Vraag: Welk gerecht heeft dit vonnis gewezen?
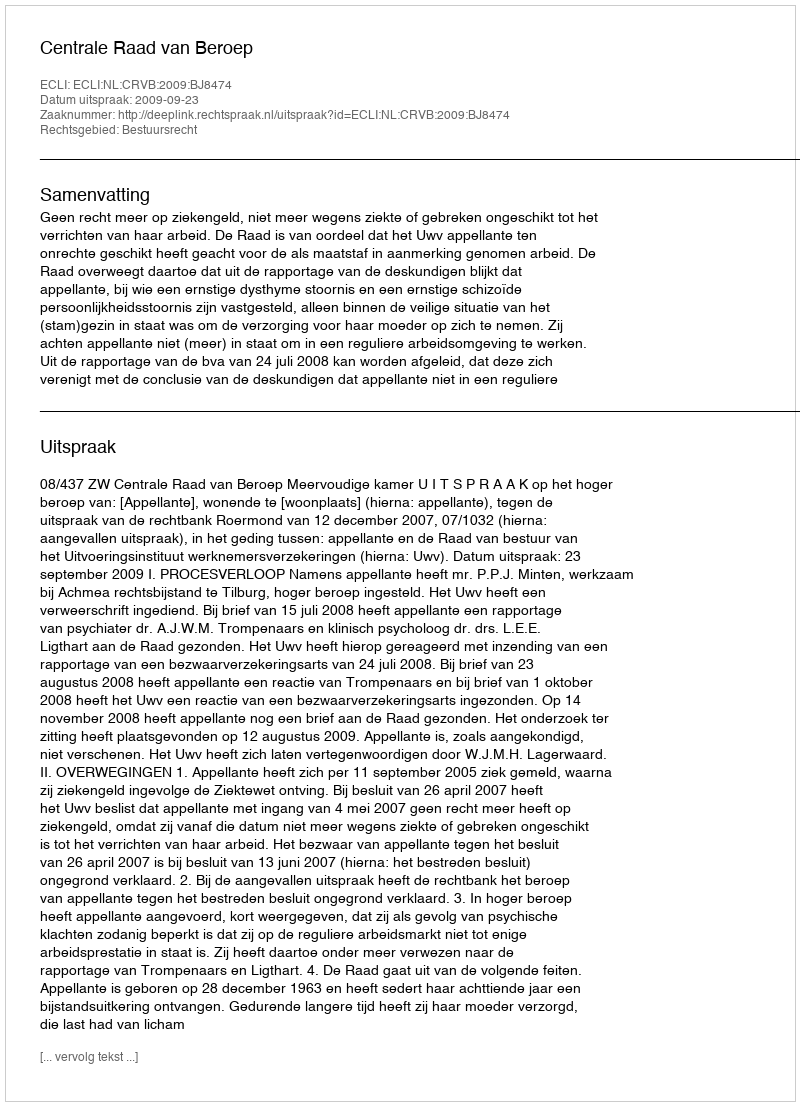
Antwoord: Centrale Raad van Beroep